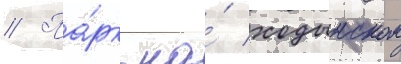
// Па́рк на́ ходынском